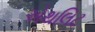
એથલિટ